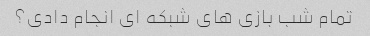
تمام شب بازی های شبکه ای انجام دادی؟